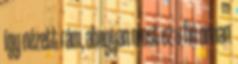
így nézett rám, ahogyan most ez a fiú onnan